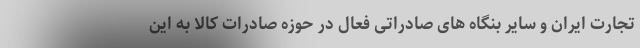
تجارت ایران و سایر بنگاه های صادراتی فعال در حوزه صادرات کالا به این